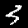
Digit: 3